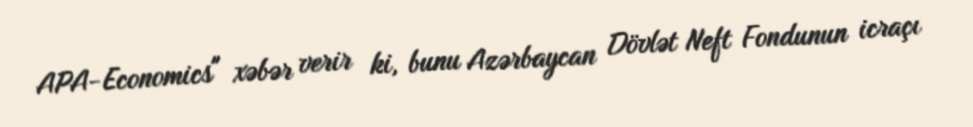
APA-Economics" xəbər verir ki, bunu Azərbaycan Dövlət Neft Fondunun icraçı